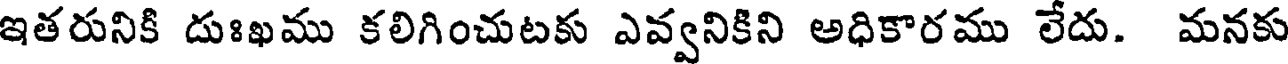
ఇతరునికి దుఃఖము కలిగించుటకు ఎవ్వనికిని అధికారము లేదు. మనకు